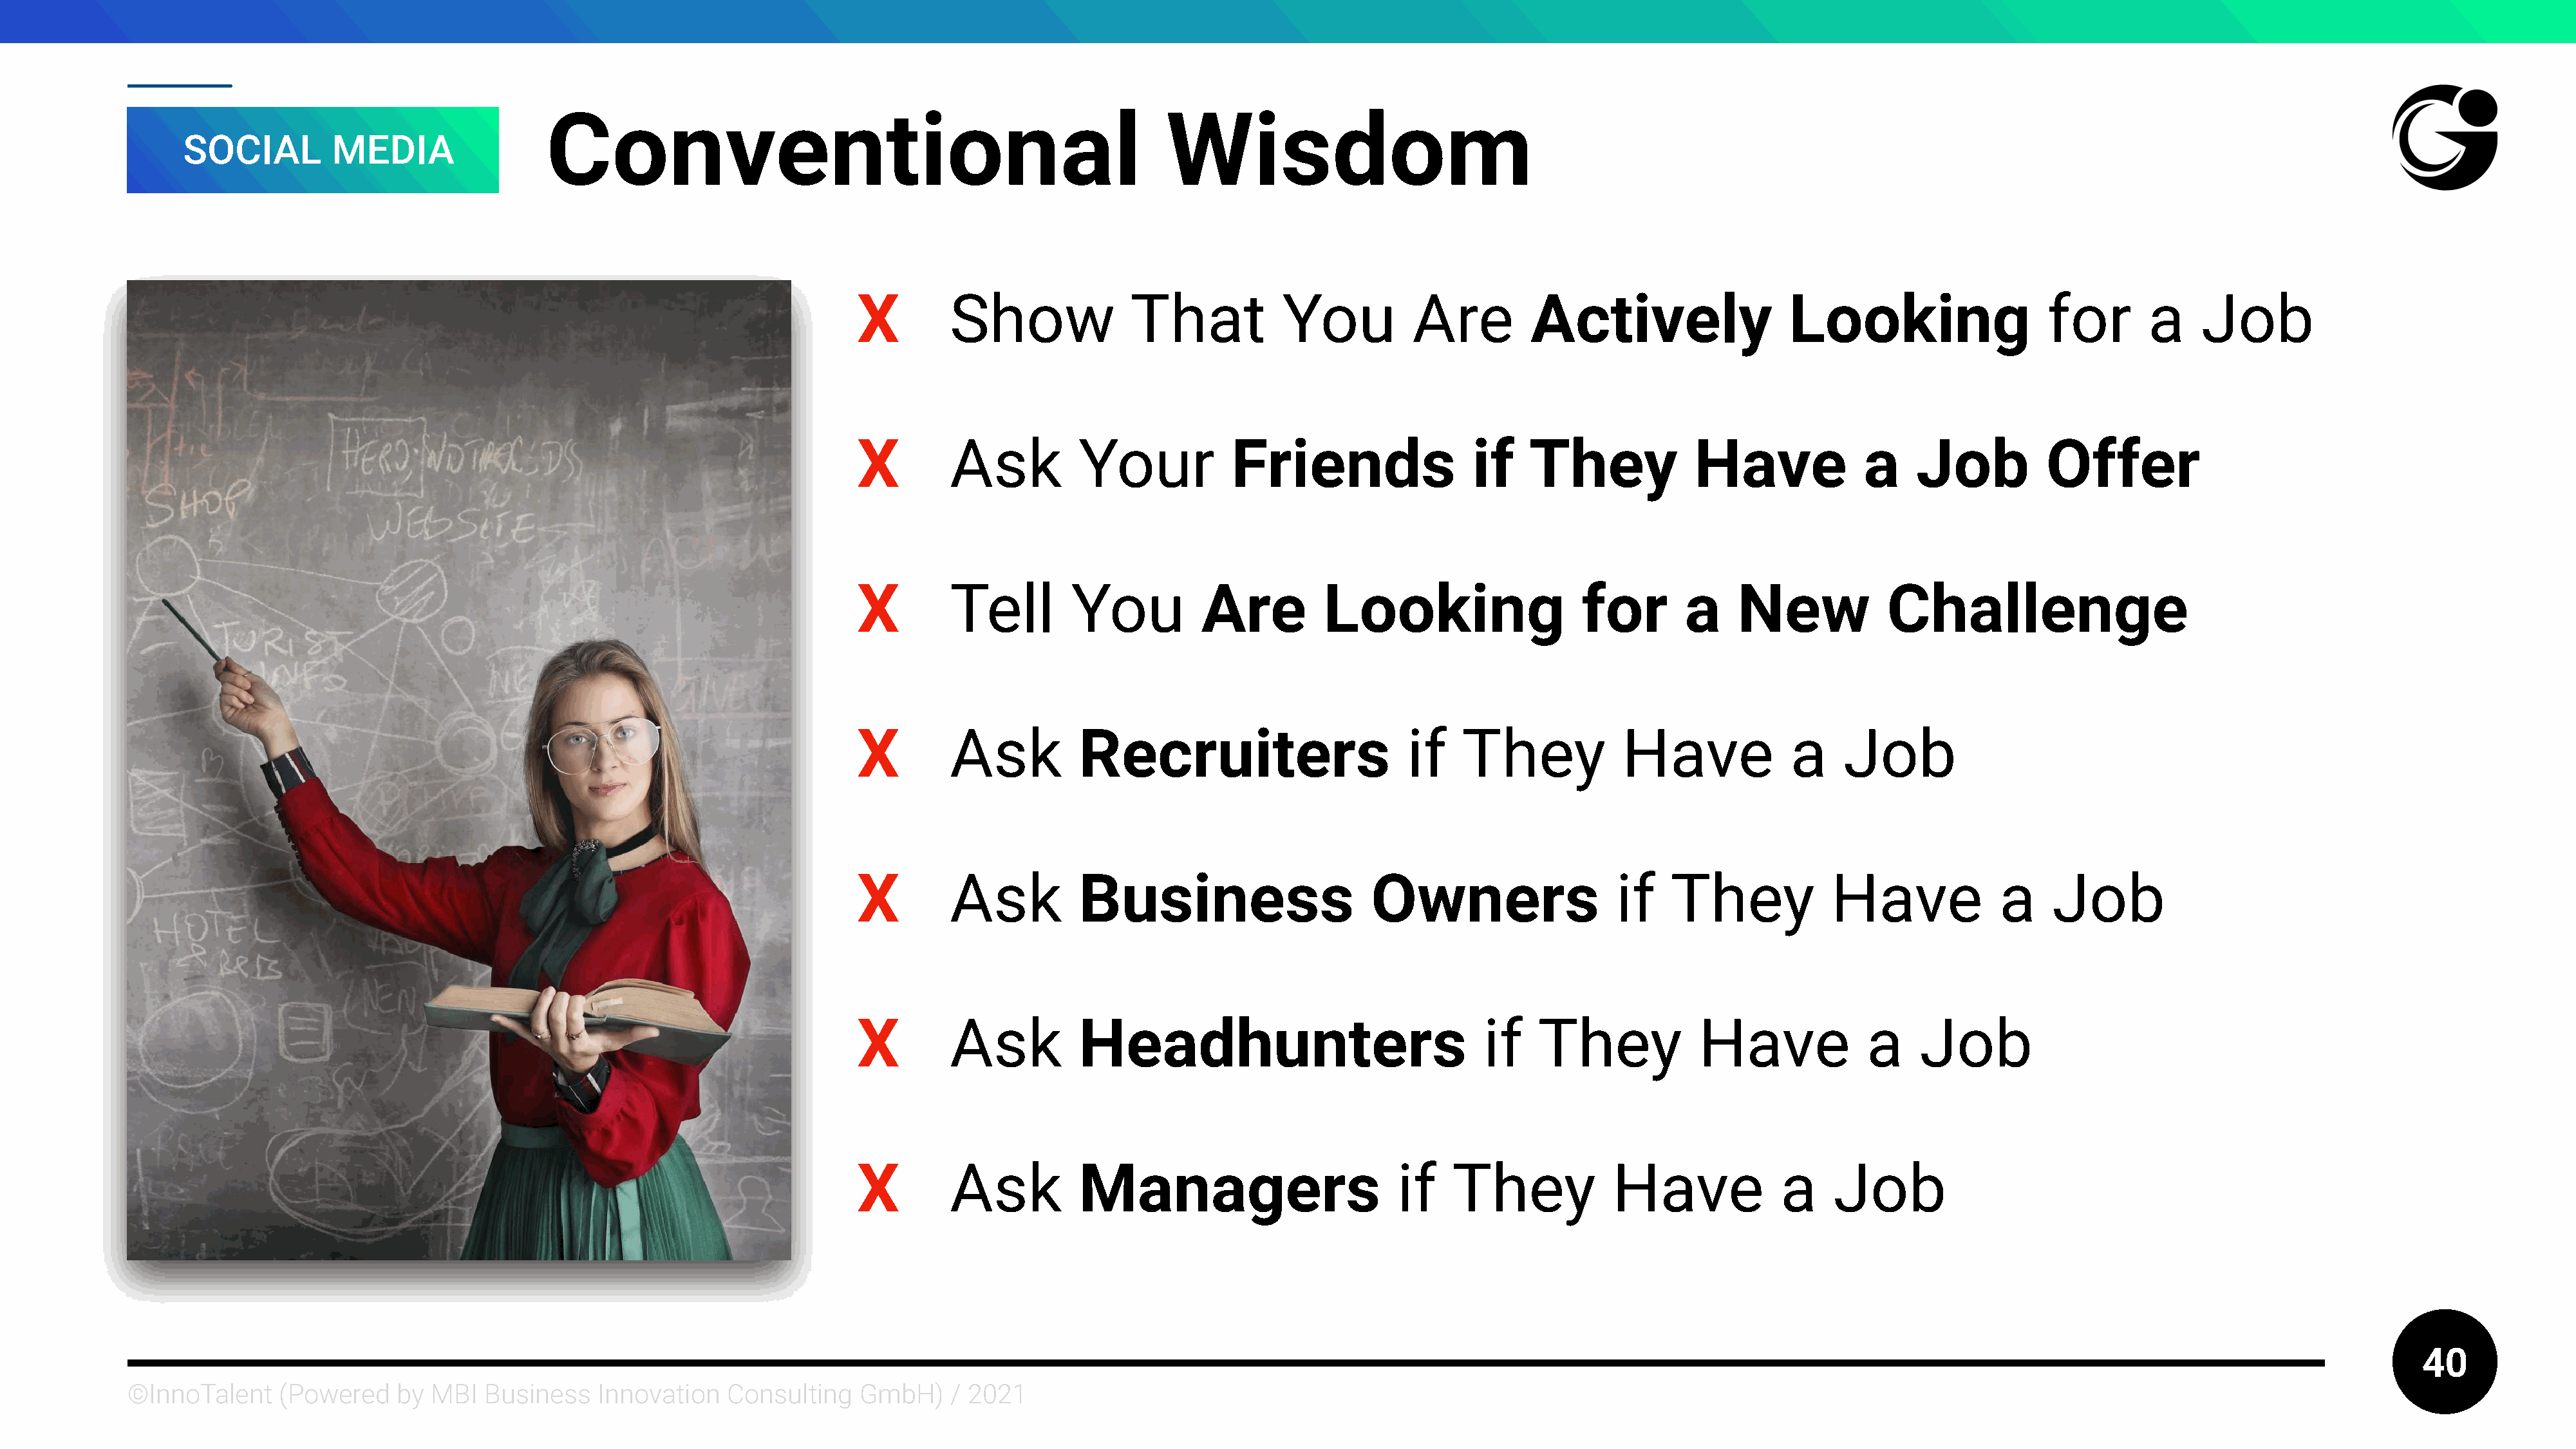
Conventional                                                    Wisdom
 SOCIAL         MEDIA
 X         Show              That            You          Are         Actively                   Looking                   for        a    Job
 X         Ask          Your            Friends                 if    They             Have              a    Job          Offer
 X         Tell        You          Are          Looking                    for       a     New            Challenge
 X         Ask          Recruiters                        if   They             Have             a     Job
 X         Ask          Business                      Owners                   if    They            Have              a    Job
 X         Ask          Headhunters                              if    They             Have             a    Job
 X         Ask          Managers                         if   They             Have             a    Job
 40
 ©InnoTalent     (Powered    by MBI   Business   Innovation    Consulting   GmbH)     / 2021